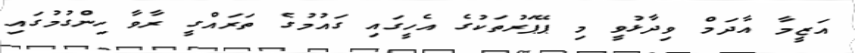
އަޒީމާ އާދަމް ވިދާޅުވީ މި ޕޭޕަރުތަކުގެ އެހީގައި ގައުމުގެ ތަރައްގީ ރާވާ ހިންގުމުގައި